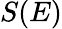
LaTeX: S(E)